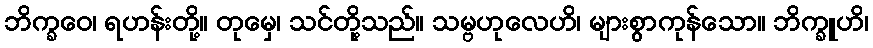
ဘိက္ခဝေ၊ ရဟန်းတို့။ တုမှေ၊ သင်တို့သည်။ သမ္ဗဟုလေဟိ၊ များစွာကုန်သော။ ဘိက္ခူဟိ၊